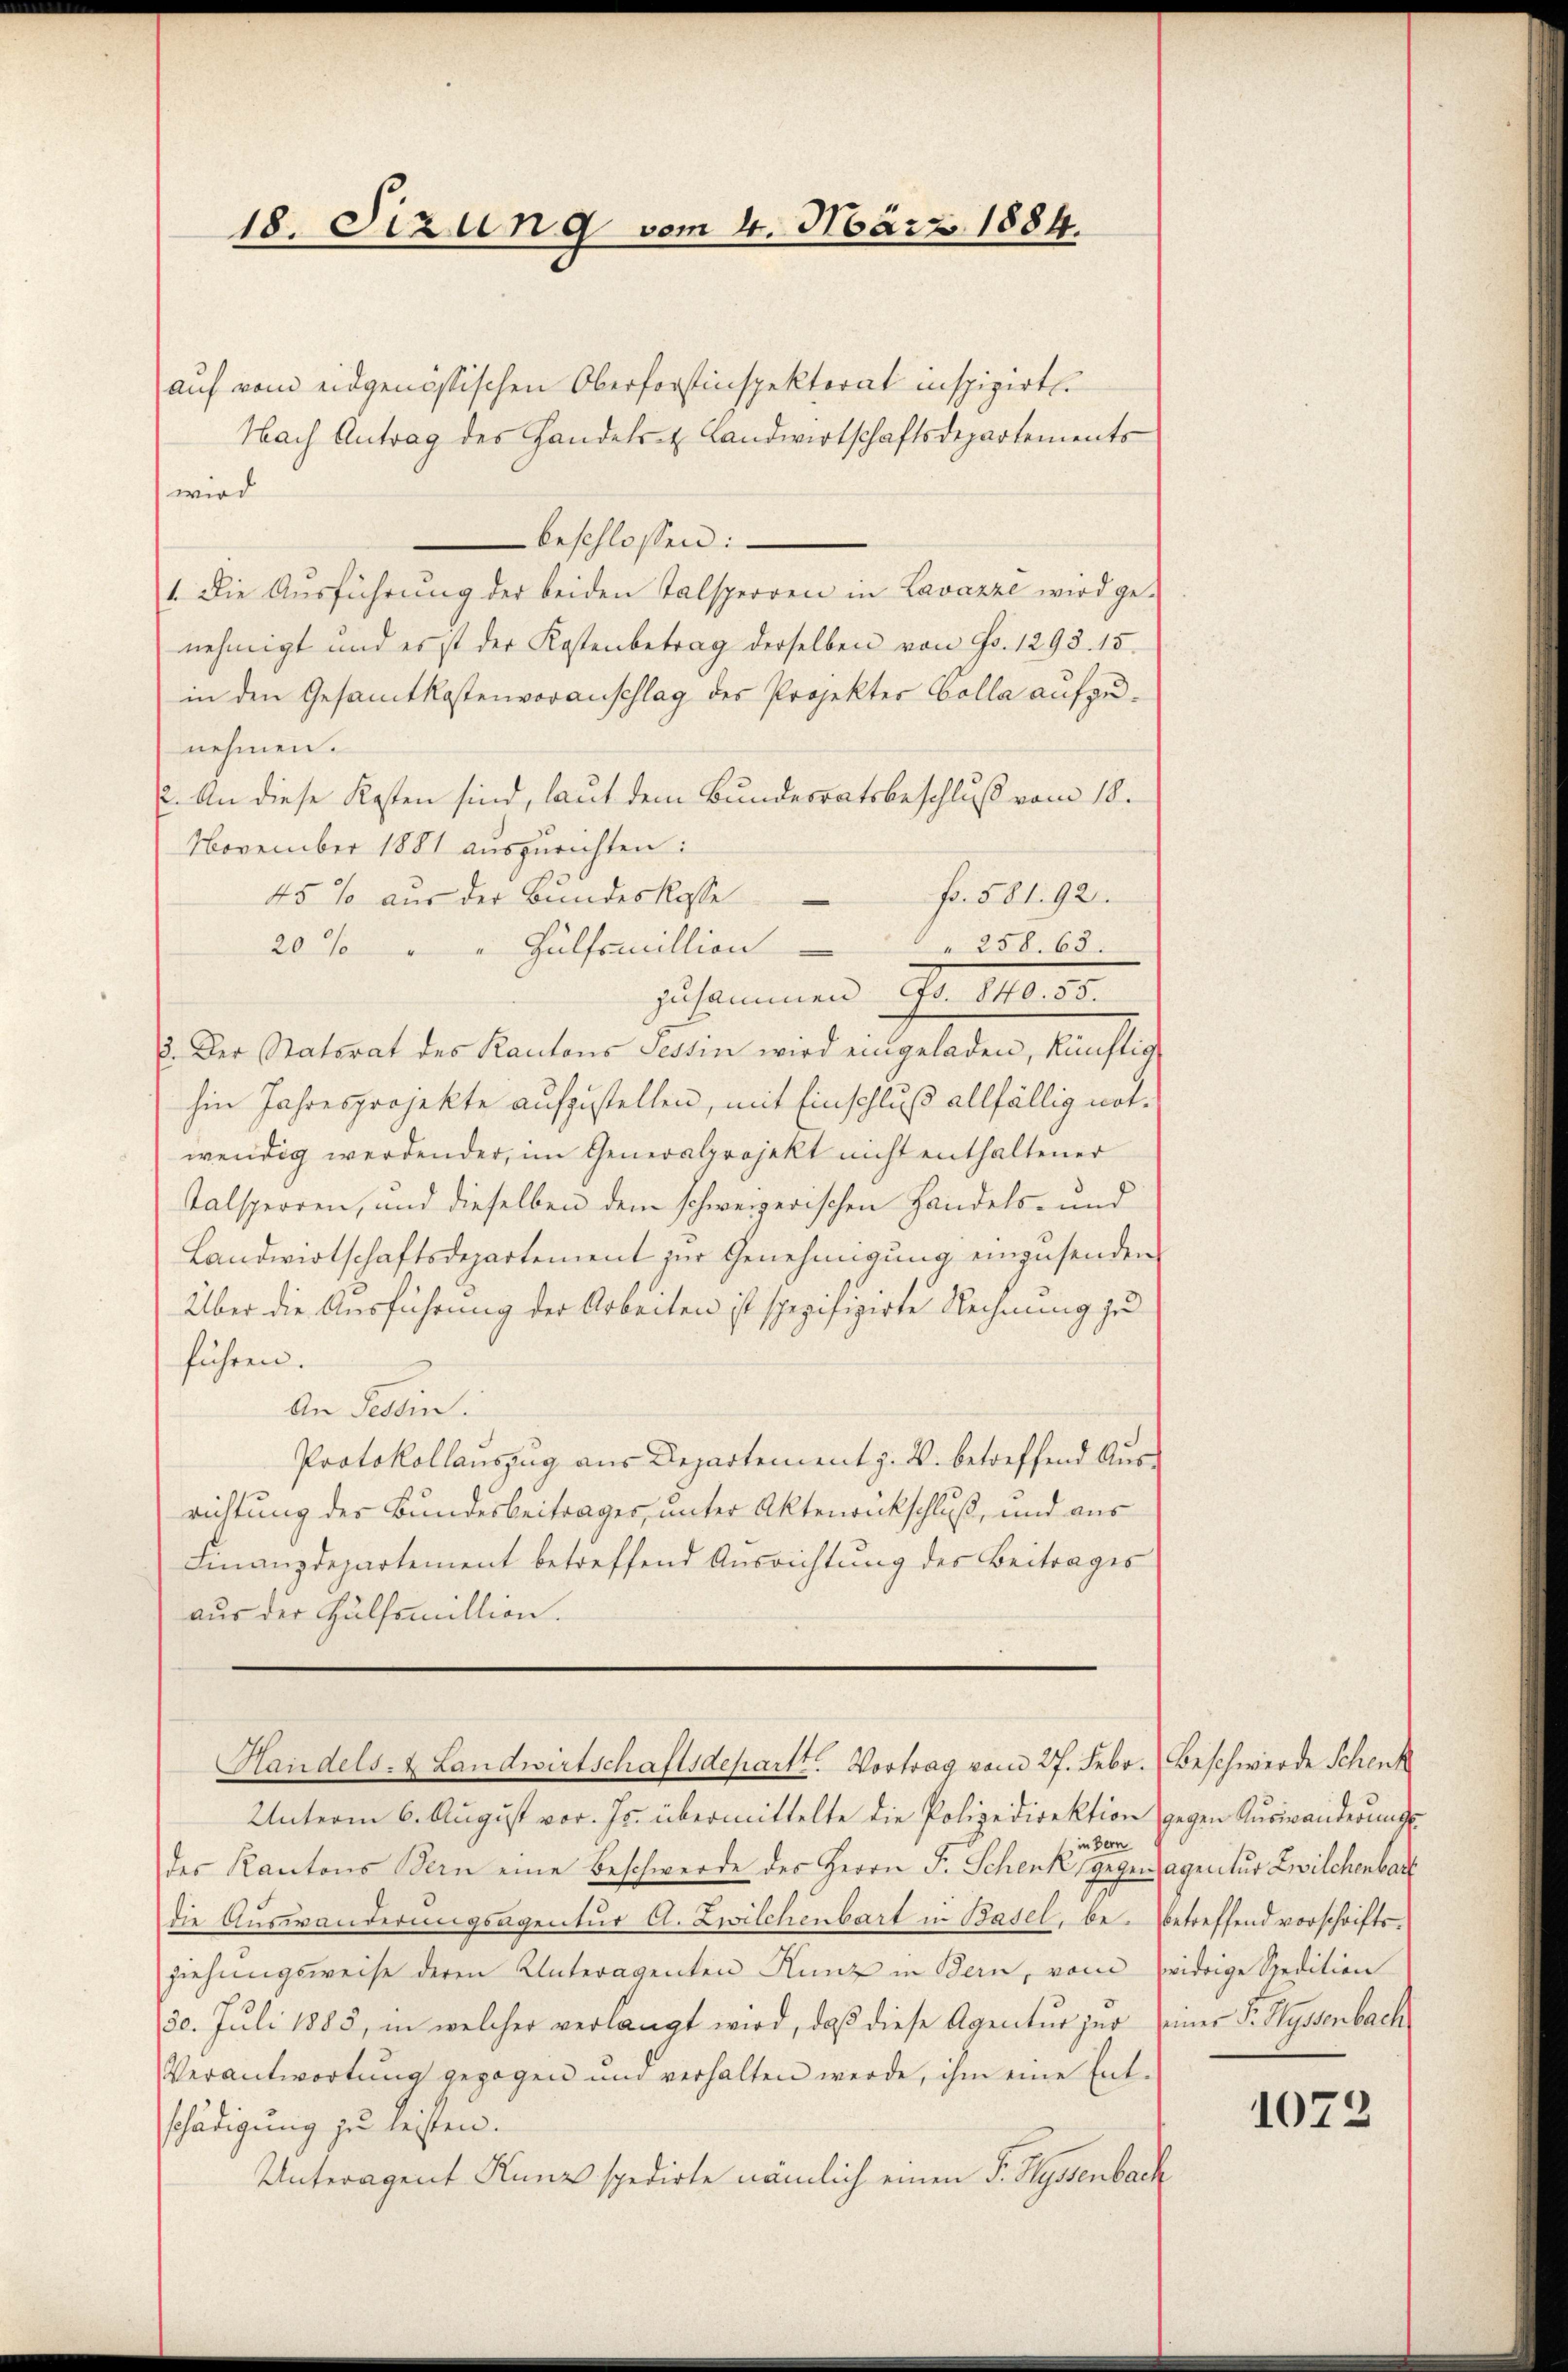
18. Sizung vom 4. März 1884.

auf vom eidgenössischen Oberforstinspektorat inspizirten
Nach Antrag des Handels- & Landwirtschaftsdepartements
wird
beschlossen:
1. Die Aŭsführŭng der beiden Talsperren in Lavazze wird ge-
nehmigt und es ist der Kostenbetrag derselben von Fr. 1293. 15.
in den Gesamtkostenvoranschlag des Projekter Colla aufzunehmen.
2. An diese Kosten sind, laut dem Bundesratsbeschluß vom 18.
November 1881 auszurichten:
45 % aus der Bundeskasse fr. 581. 92.
 258. 63.
20%
 Hülfsmillion
zusammen Fr. 10. 30.
3. Der Statsrat des Kantons Tessin wird eingeladen, künftig
hin Jahresprojekte aufzustellen, mit Einschluß allfällig notwendig werdender, im Generalprojekt nicht enthaltener
talsperren, und dieselben dem schweizerischen Handels- und
Landwirtschaftsdepartement zur Genehmigung einzusenden
Über die Ausführung der Arbeiten ist spezifizirte Rechnung zu
führen.
An Tessin.
Protokollauszug aus Departement z. B. betreffend Ausrichtung der Bundesbeitrages, unter Aktenrückschluß, und aus
Finanzdepartement betreffend Ausrichtung des Beitrages
aus der Hülfsmillion.

Handels- & Landwirtschaftsdepartt. Vortrag vom 27. Febr. Beschwerde Schenk

Unterm 6. August vor. Js. übermittelte die Polizeidirektion gegen Kurianderungs
in Bern
des Kantons Bern eine Beschwerde des Herrn F. Schenk, gegen Agentur Zwilchenbar
die Auswanderungsagentur A. Zwilchenbart in Basel, be- betreffend vorschriftsziehungsweise deren Unteragenten Kunz in Bern, vom widrige Spedition
30. Juli 1885, in welcher verlangt wird, daß diese Agentur zur einer F. Wyssenbach
Verantwortung gezogen und verhalten werde, ihm eine Ent-
schädigung zu leisten.
Unteragent Kunz spedirte nämlich einen F. Hessenbach

1072